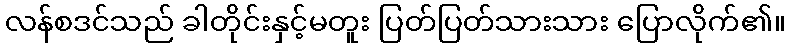
လန်စဒင်သည် ခါတိုင်းနှင့်မတူး ပြတ်ပြတ်သားသား ပြောလိုက်၏။